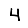
Digit: 4